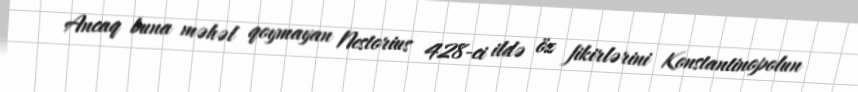
Ancaq buna məhəl qoymayan Nestorius 428-ci ildə öz fikirlərini Konstantinopolun